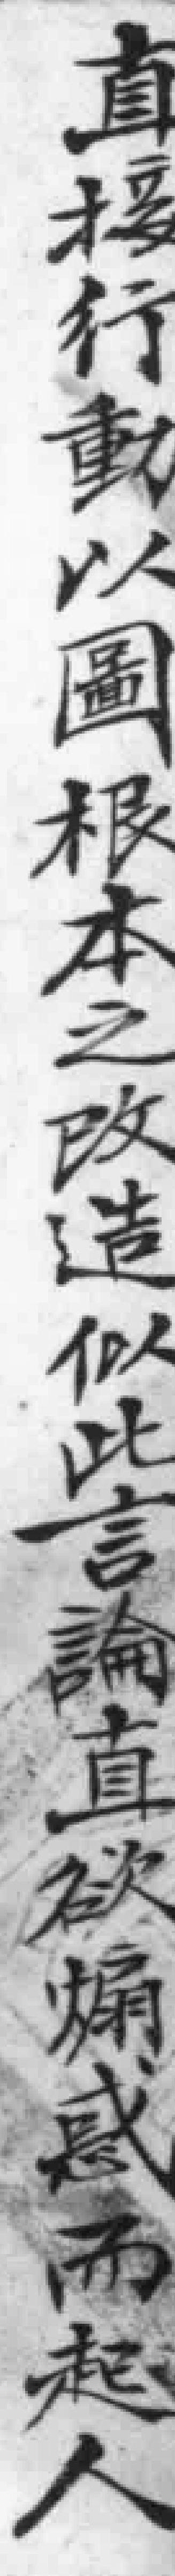
直接行動以圖根本之改造似此言論直欲煽惑而起人